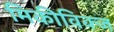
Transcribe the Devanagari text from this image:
मिकीविक्ज